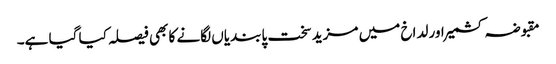
مقبوضہ کشمیر اور لداخ میں مزید سخت پابندیاں لگانے کا بھی فیصلہ کیا گیا ہے۔